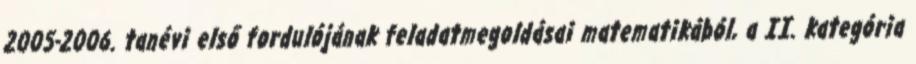
2005-2006. tanévi első fordulójának feladatmegoldásai matematikából, a II. kategória